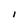
Character: I